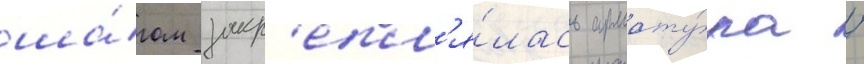
ша́гом закр'епл'я́лась армату́ра /